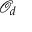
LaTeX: { \mathcal { O } } _ { d }